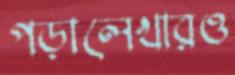
পড়ালেখারও